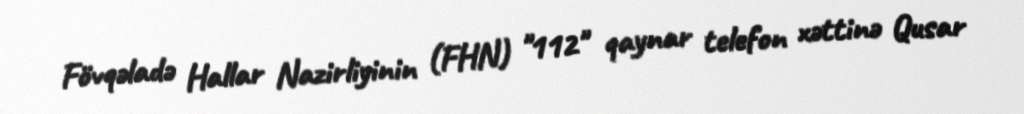
Fövqəladə Hallar Nazirliyinin (FHN) "112" qaynar telefon xəttinə Qusar